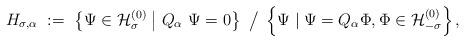
LaTeX: \begin{align*}H_{\sigma,\alpha} \ :=\ \left\{ \Psi \in {\mathcal H}_\sigma^{(0)} \bigm| Q_\alpha \ \Psi=0\right\} \ \big/ \ \left\{ \Psi \mid \Psi = Q_\alpha \Phi, \Phi \in {\mathcal H}_{-\sigma}^{(0)} \right\} ,\end{align*}